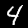
Digit: 4